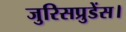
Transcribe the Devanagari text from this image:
जुरिसप्रुडेंस।